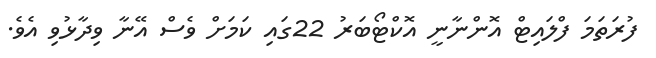
ފުރަތަމަ ފްލައިޓް އޮންނާނީ އޮކްޓޯބަރު 22ގައި ކަމަށް ވެސް އޭނާ ވިދާޅުވި އެވެ.